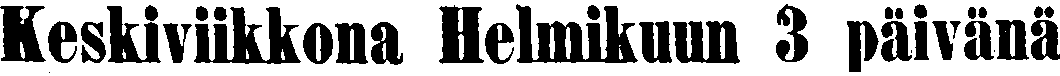
Keskiviikkona Helmikuun 3 päivänä